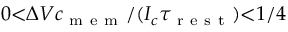
0 { < } \Delta V c _ { \mathrm { ~ m ~ e ~ m ~ } } / ( I _ { c } \tau _ { \mathrm { ~ r ~ e ~ s ~ t ~ } } ) { < } 1 / 4